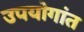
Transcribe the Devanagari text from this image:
उपयोगांत